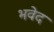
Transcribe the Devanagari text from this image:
भवेद